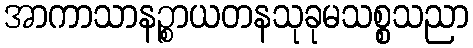
အာကာသာနဉ္စာယတနသုခုမသစ္စသညာ